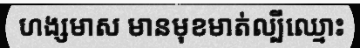
ហង្សមាស មានមុខមាត់ល្បីឈ្មោះ